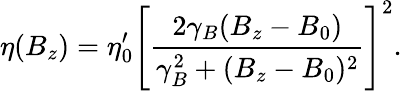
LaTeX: \eta(B_{z})=\eta_{0}^{\prime}\left[\frac{2\gamma_{B}(B_{z}-B_{0})}{\gamma_{B}^{2}+(B_{z}-B_{0})^{2}}\right]^{2}.